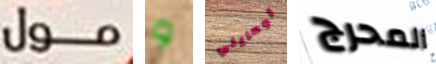
مول و أومايلي المحرج